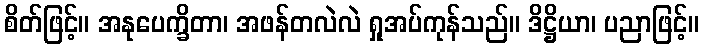
စိတ်ဖြင့်။ အနုပေက္ခိတာ၊ အဖန်တလဲလဲ ရှုအပ်ကုန်သည်။ ဒိဋ္ဌိယာ၊ ပညာဖြင့်။